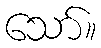
သော်။